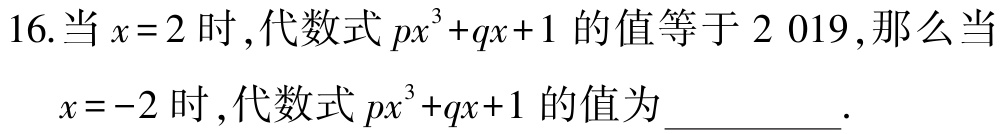
16.当\(x = 2\)时，代数式\(px^{3}+qx + 1\)的值等于\(2019\)，那么当\(x = - 2\)时，代数式\(px^{3}+qx + 1\)的值为__________.